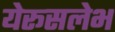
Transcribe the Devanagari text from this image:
येरूसलेभ